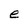
Character: e